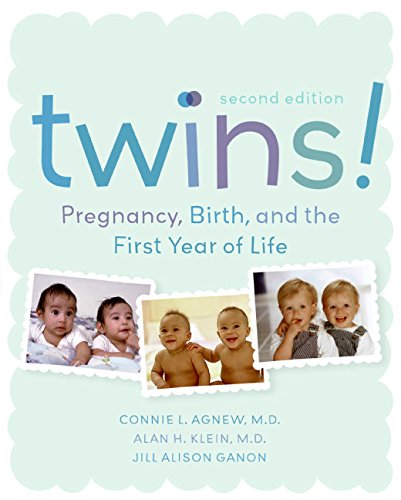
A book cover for Twins! Pregnancy, Birth and the First Year of Life, Second Edition; Connie Agnew; Parenting & Relationships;